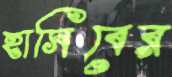
হাসিবের